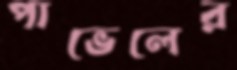
পাভেলের